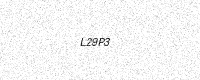
Text: L29P3